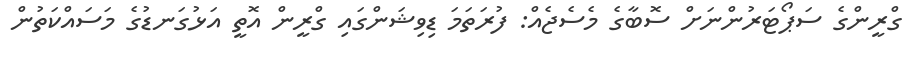
ގްރީންގެ ސަޕޯޓަރުންނަށް ސޮބާގެ މެސެޖެއް: ފުރަތަމަ ޑިވިޝަންގައި ގްރީން އޮތީ އަޅުގަނޑުގެ މަސައްކަތުން